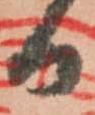
日